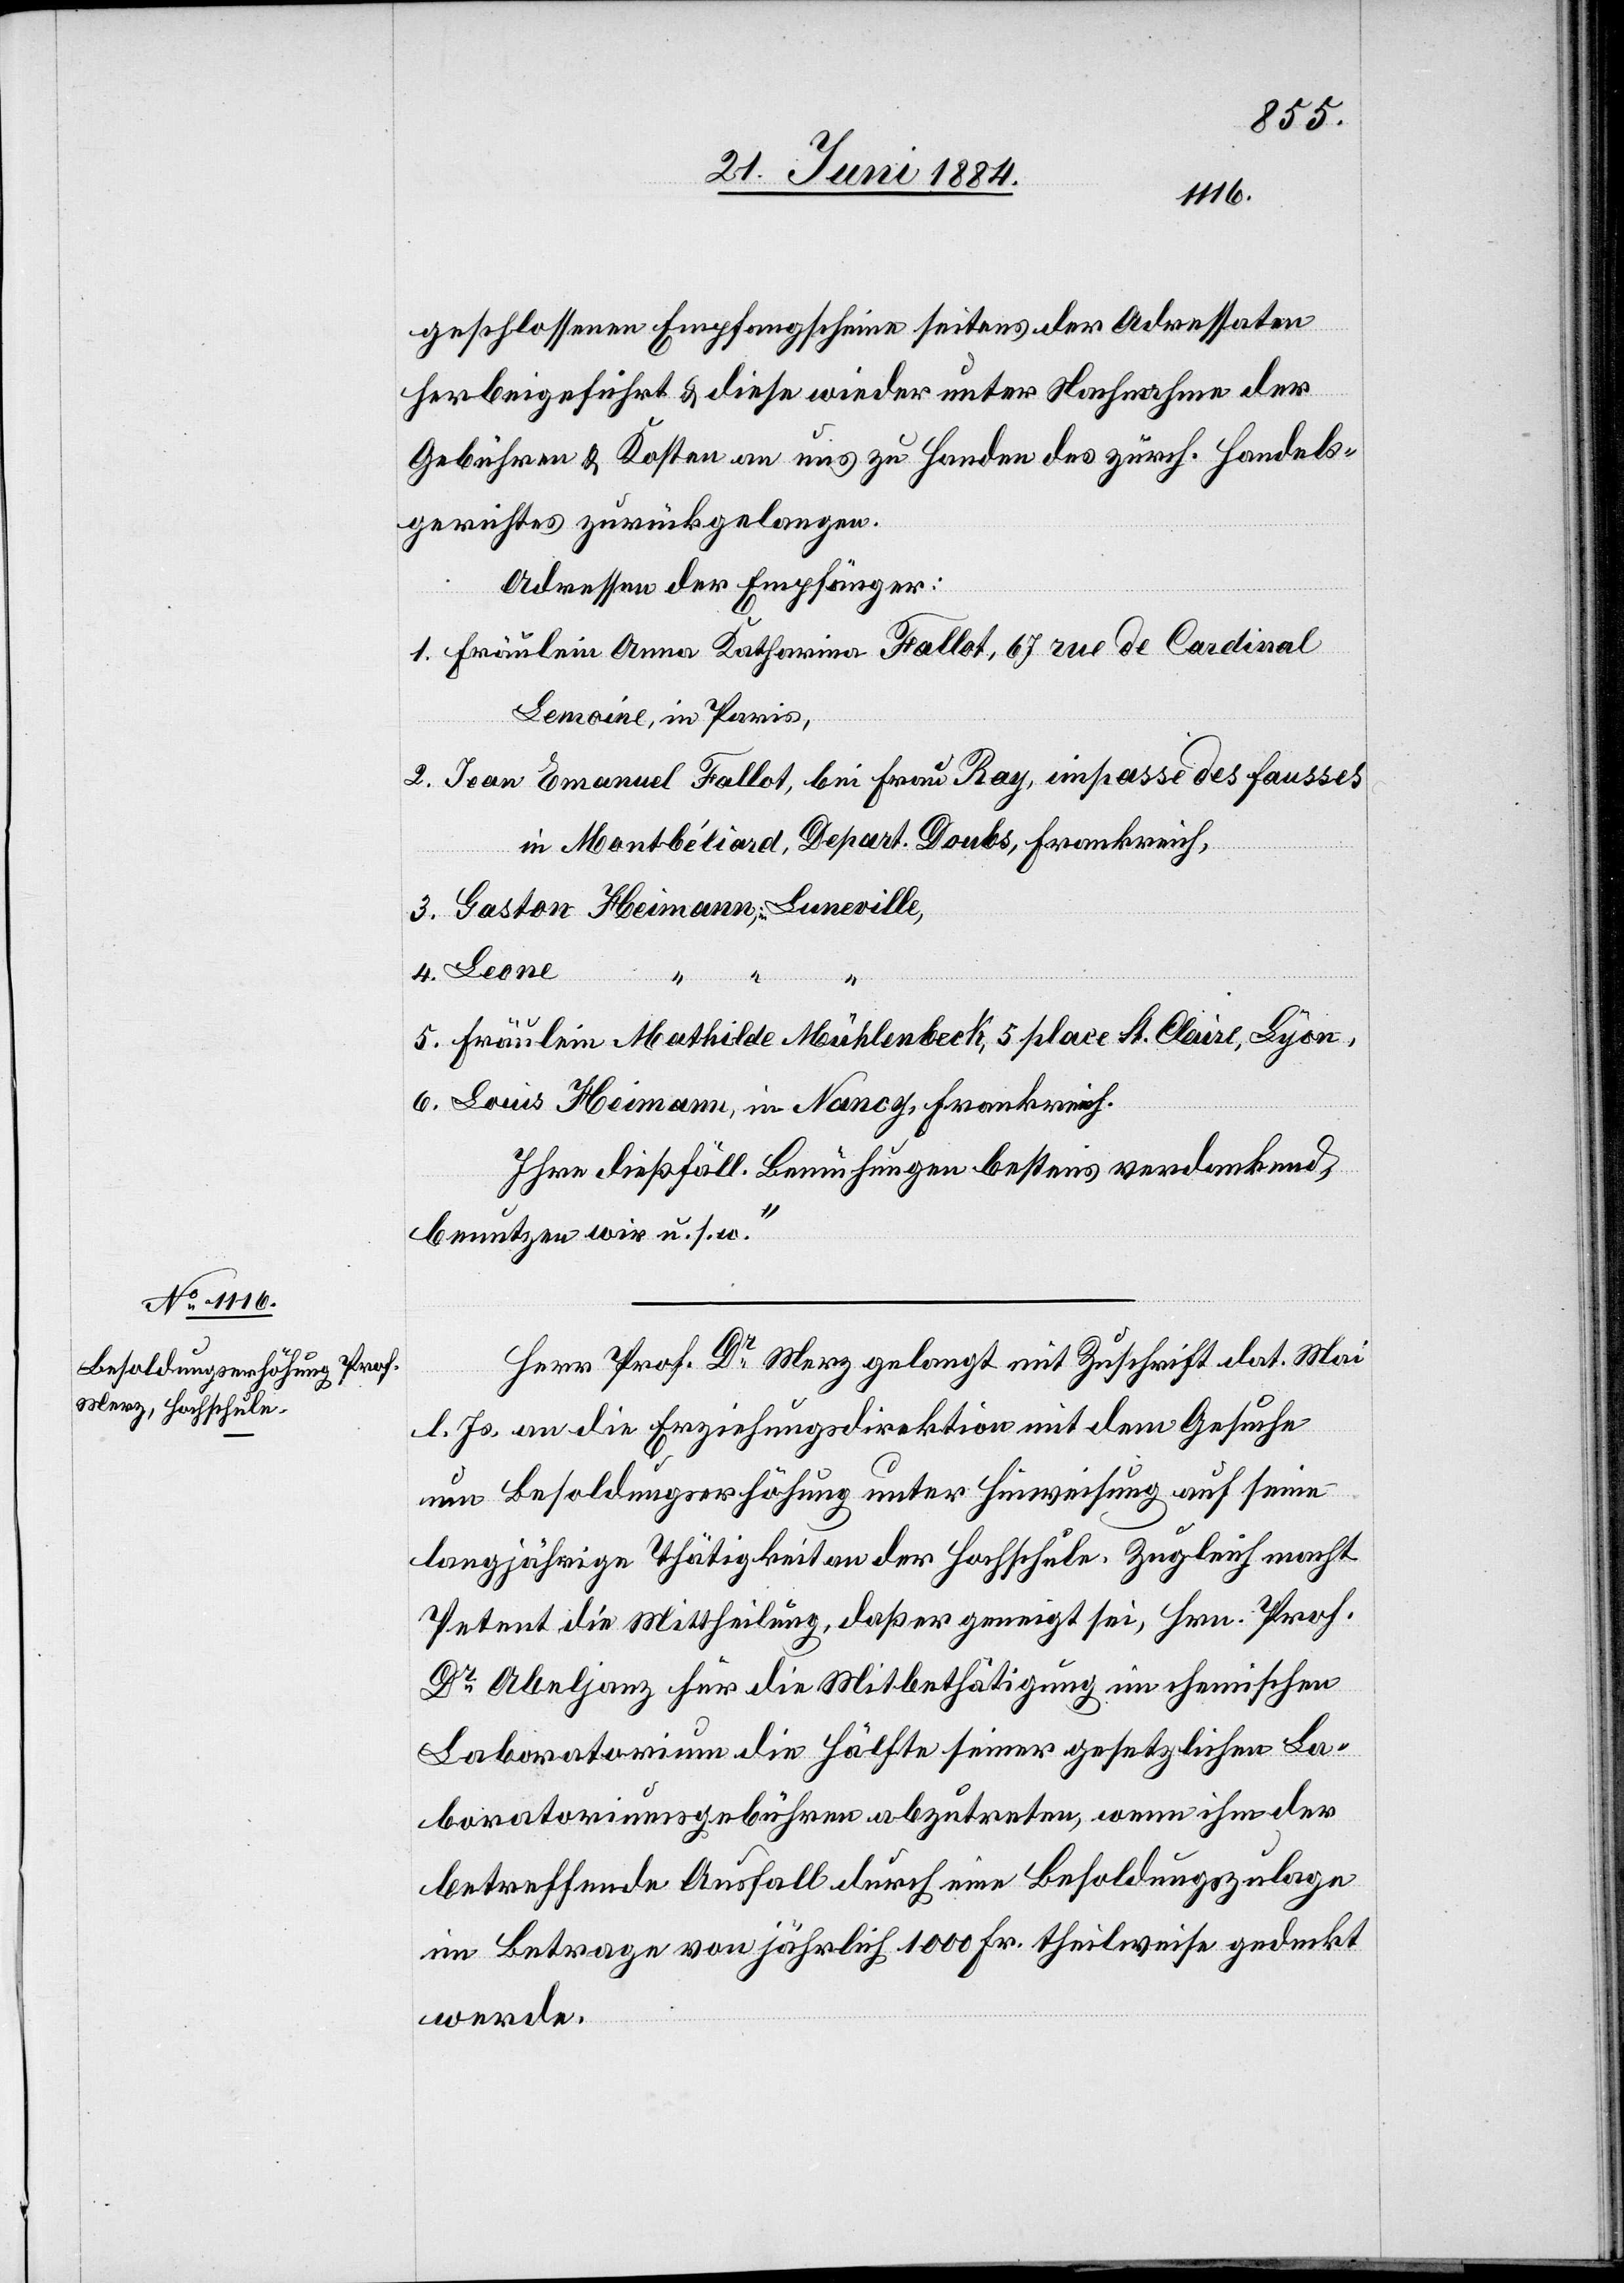
5.
geschlossenen Empfangsscheine seitens der Adressaten
herbeigeführt & diese wieder unter Nachnahme der
Gebühren & Kosten an uns zu Handen des zürch. Handels¬
gerichtes zurückgelangen.
Adresse der Empfänger:
Fräulein Anna Katharina Fallot, 67 rue de Cardinal
Lemoine, in Paris,
Jean Emanuel Fallot, bei Frau Ray, impasse des fausses
in Montbéliard, Depart. Doubs, Frankreich,
Fräulein Mathilde Mühlenbeck, 5 place St. Clair, Lyon,
Louis Heimann, in Nancy, Frankreich.
Ihre dießfäll. Bemühungen bestens verdankend,
benutzen wir u. s. w.
Herr Prof. Dr Merz gelangt mit Zuschrift dat. Mai
l. Js. an die Erziehungsdirektion mit dem Gesuche
um Besoldungserklärung unter Hinweisung auf seine
langjährige Thätigkeit an der Hochschule. Zugleich macht
Petent die Mittheilung, daß er geneigt sei, Hrn. Prof.
Dr Abeljanz für die Mitbethätigung im chemischen
Laboratorium die Hälfte seiner gesetzlichen La¬
boratoriumsgebühren abzutreten, wenn ihm der
betreffende Ausfall durch eine Besoldungszulage
im Betrage von jährlich 1000 Fr. theilweise gedeckt
werde.